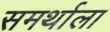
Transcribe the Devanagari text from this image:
समर्थाला